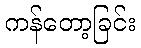
ကန်တော့ခြင်း